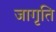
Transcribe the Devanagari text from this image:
जागृति